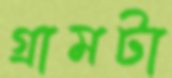
গ্রামটা